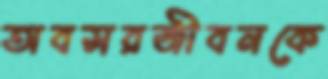
অবসরজীবনকে